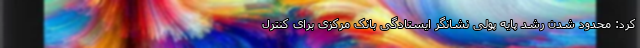
کرد: محدود شدن رشد پایه پولی نشانگر ایستادگی بانک مرکزی برای کنترل